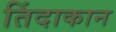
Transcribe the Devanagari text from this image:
तिंदाकान